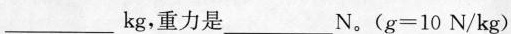
___kg，重力是___N。(g=10N/kg)